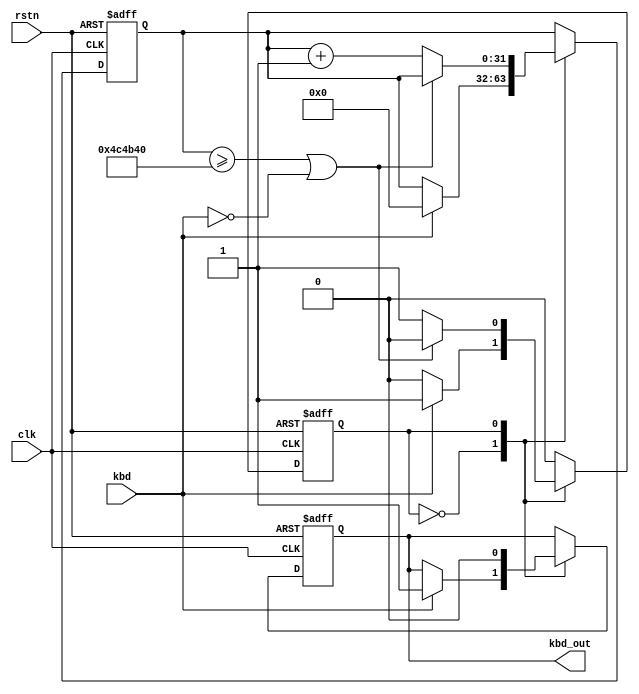
module kbd_process (
    input wire clk,  //div_res[1] (25MHz 40ns)
    input wire rstn,
    input wire kbd,
    output reg kbd_out
);
  localparam INTERVAL = 5000000;
  localparam IDLE = 0;
  localparam PRESS = 1;

  reg state;
  reg [31:0] cnt;
  always @(posedge clk or negedge rstn) begin
    if (!rstn) begin
      state <= IDLE;
      kbd_out <= 0;
      cnt <= 0;
    end else
      case (state)

        IDLE: begin
          if (kbd) begin
            state <= PRESS;
            kbd_out <= 1;
            cnt <= 0;
          end
        end

        PRESS: begin
          kbd_out <= 0;
          if (cnt >= INTERVAL || !kbd) begin
            state <= IDLE;
          end else begin
            cnt <= cnt + 1;
          end
        end
      endcase
  end
endmodule


module kbd_process4 (
    input wire clk,  //div_res[1] (25MHz 40ns)
    input wire rstn,
    input wire [3:0] kbd,
    output wire [3:0] kbd_out
);
  genvar i;
  generate
    for (i = 0; i < 4; i = i + 1) begin
      kbd_process u_kbd_process (
          .clk(clk),
          .rstn(rstn),
          .kbd(kbd[i]),
          .kbd_out(kbd_out[i])
      );
    end
  endgenerate
endmodule